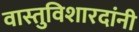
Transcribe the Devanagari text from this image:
वास्तुविशारदांनी